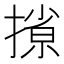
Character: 𫽽